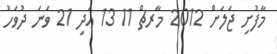
މާފުށި ޖަލަށް 2012 މާރޗް 11 13 އަދި 21 ވަނަ ދުވަހު